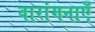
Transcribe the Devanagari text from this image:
वारांगनाएँ